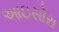
આઇસોરા